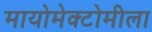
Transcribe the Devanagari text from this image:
मायोमेक्टोमीला